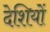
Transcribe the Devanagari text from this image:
देशियों